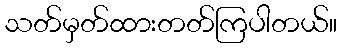
သတ်မှတ်ထားတတ်ကြပါတယ်။